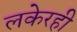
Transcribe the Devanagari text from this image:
लकेरही